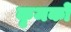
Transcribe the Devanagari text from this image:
कृमकों